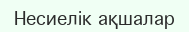
Несиелік ақшалар